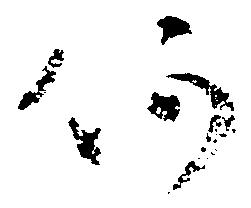
何